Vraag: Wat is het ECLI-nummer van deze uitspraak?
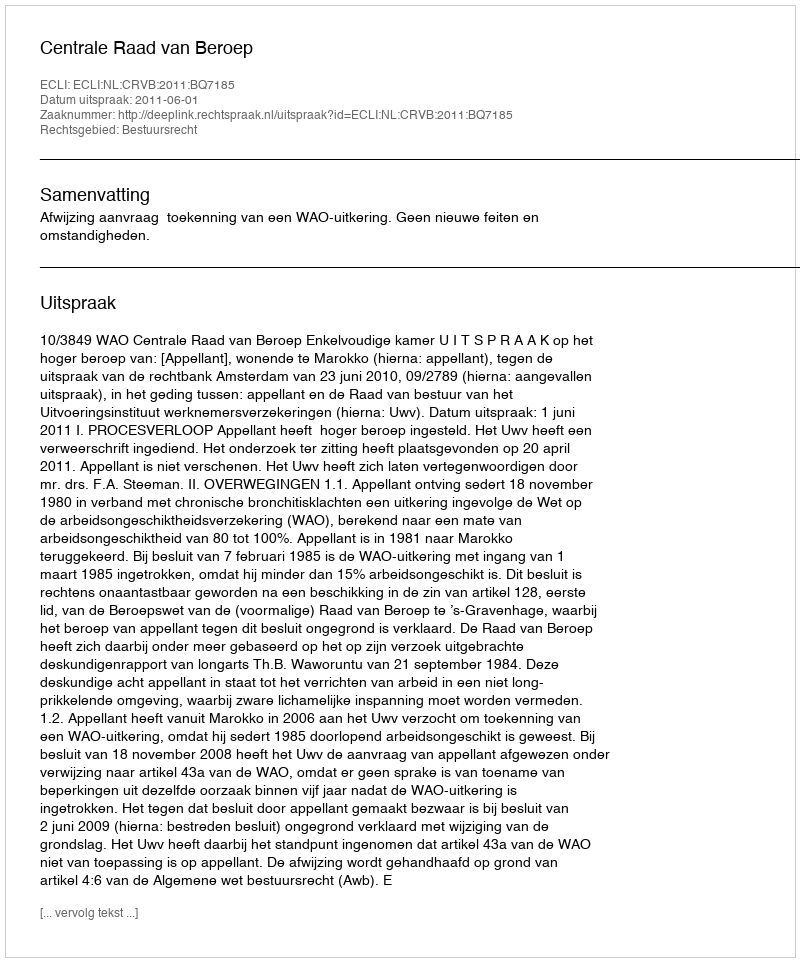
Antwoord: ECLI:NL:CRVB:2011:BQ7185